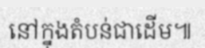
នៅក្នុងតំបន់ជាដើម៕